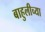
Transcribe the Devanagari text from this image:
बाहुलीच्या